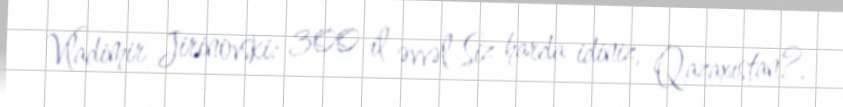
Vladimir Jirinovski: 300 il əvvəl Siz harda idiniz, Qazaxıstan?.